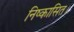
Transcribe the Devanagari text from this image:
निष्कासित।